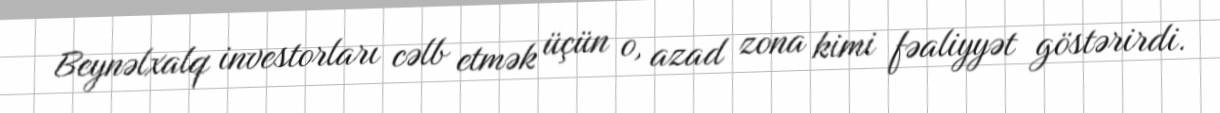
Beynəlxalq investorları cəlb etmək üçün o, azad zona kimi fəaliyyət göstərirdi.